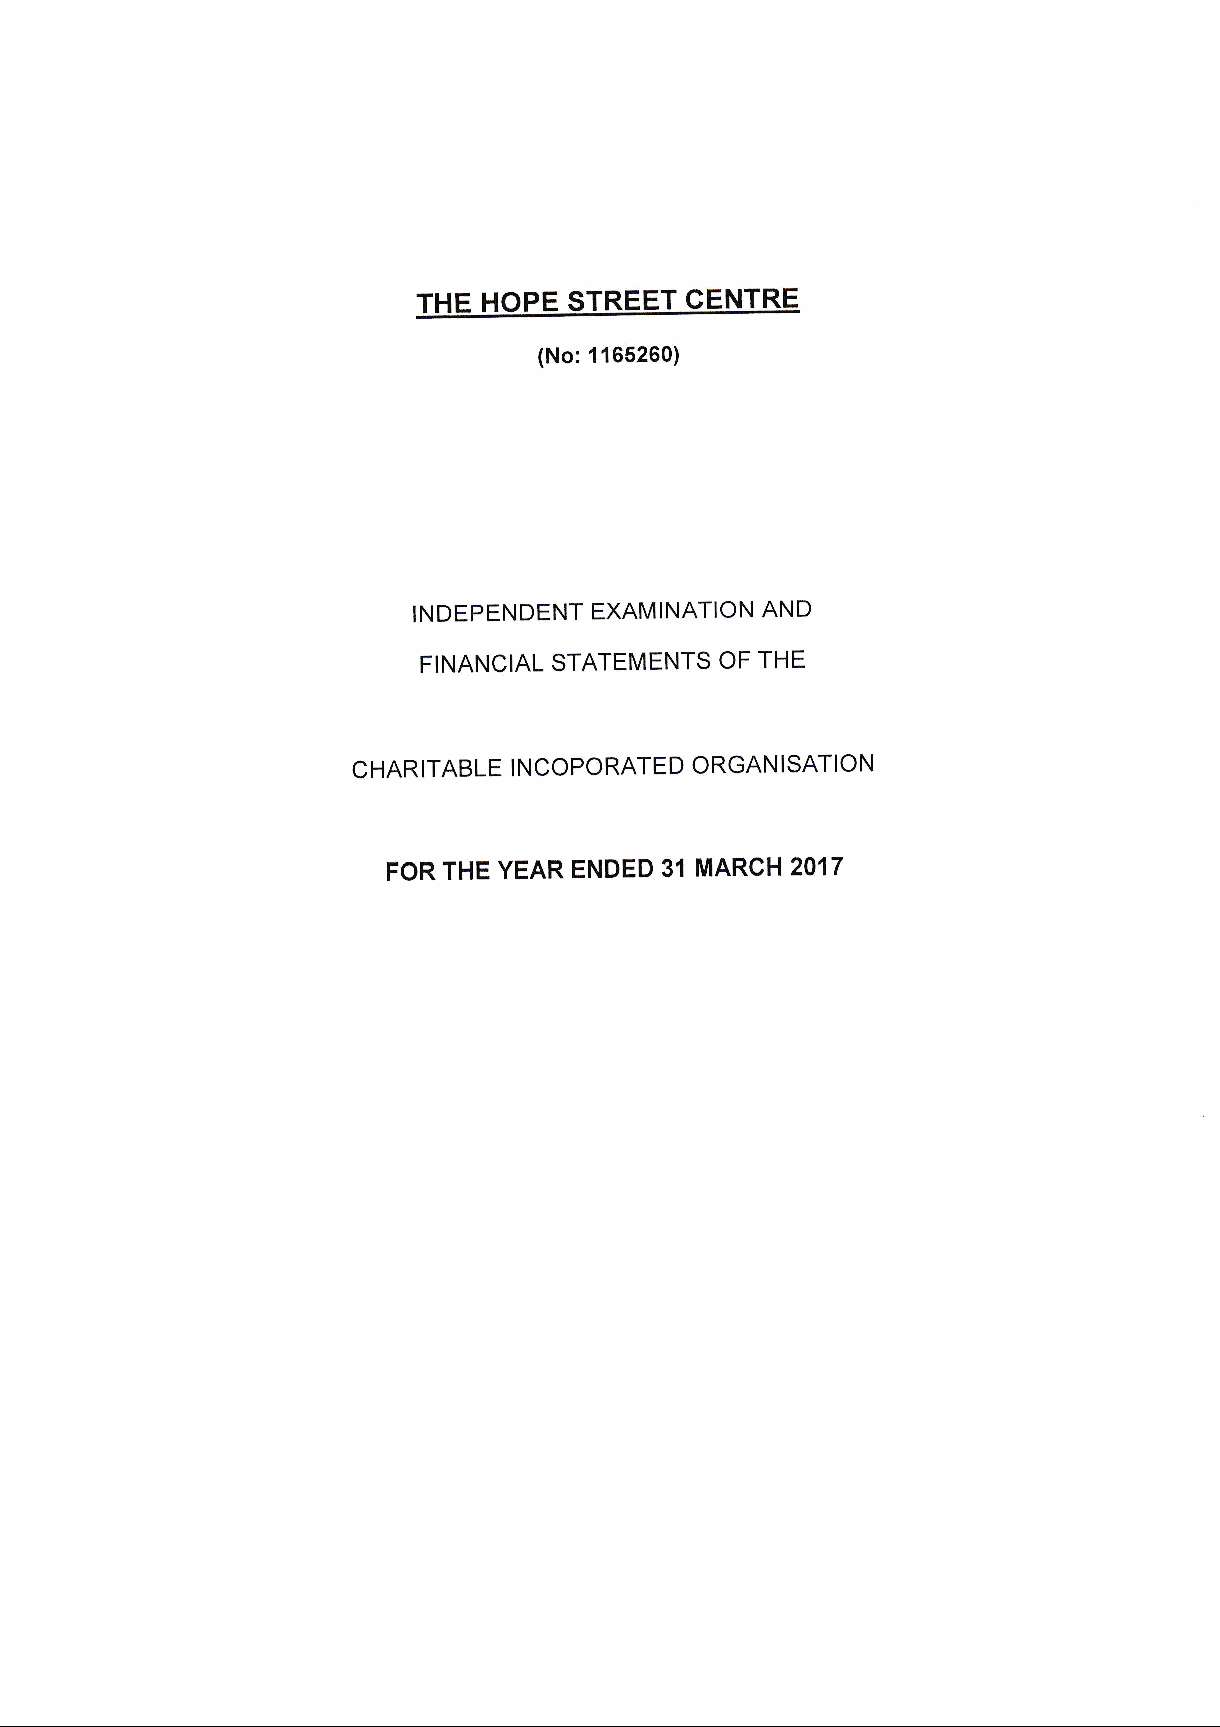
(No:1165260)
 INDEPENDENT EXAMINATION AND
 FINANCIAL STATEMENTS OF THE
 CHARITABLE NCOPORATED  ORGAN ISATION
 I
 FOR THE YEAR ENDED 31 MARCH 2017